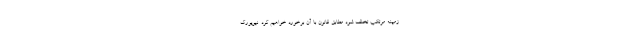
زمینه مرتکب تخلف شود مطابق قانون با آن برخورد خواهیم کرد. نیویورک